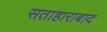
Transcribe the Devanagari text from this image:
सताहाराबाद